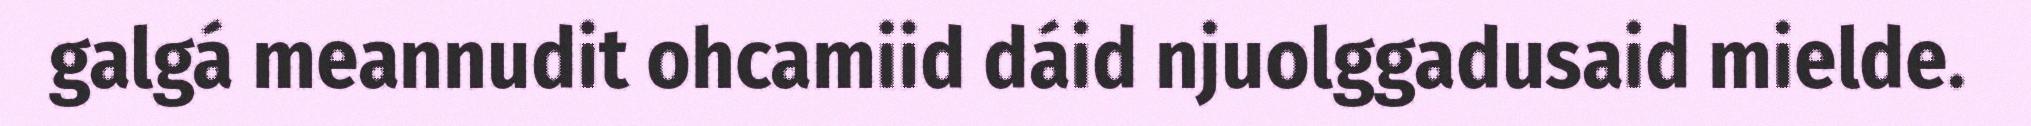
galgá meannudit ohcamiid dáid njuolggadusaid mielde.